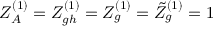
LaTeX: Z _ { A } ^ { ( 1 ) } = Z _ { g h } ^ { ( 1 ) } = Z _ { g } ^ { ( 1 ) } = \tilde { Z } _ { g } ^ { ( 1 ) } = 1